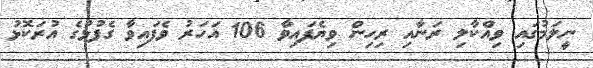
ނީލަމުގައި ވިއްކާލި ރަނާއި ރިހިން ވިޔެފައިވާ 106 އަހަރު ވެފައިވާ ގެފުޅުގެ އުރަކޮޅު